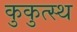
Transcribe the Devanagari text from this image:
कुकुत्स्थ